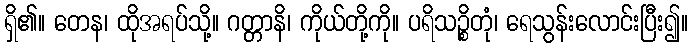
ရှိ၏။ တေန၊ ထိုအရပ်သို့။ ဂတ္တာနိ၊ ကိုယ်တို့ကို။ ပရိသဉ္စိတုံ၊ ရေသွန်းလောင်းပြီး၍။